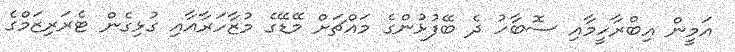
އަމީން އިބްރާހީމާއި ސޮބާހު ދެ ބޭފުޅުންގެ މައްޗަށް މޭޑޭގެ މުޒާހަރާއާއި ގުޅިގެން ޓެރަރިޒަމްގެ